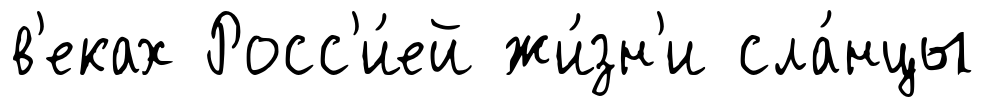
в'еках Росс'и́ей жи́зн'и сла́нцы